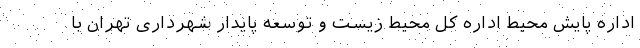
اداره پایش محیط اداره کل محیط زیست و توسعه پایدار شهرداری تهران با